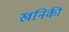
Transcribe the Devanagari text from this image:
खनिकी